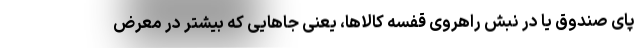
پای صندوق یا در نبش راهروی قفسهٔ کالاها، یعنی جاهایی که بیشتر در معرض